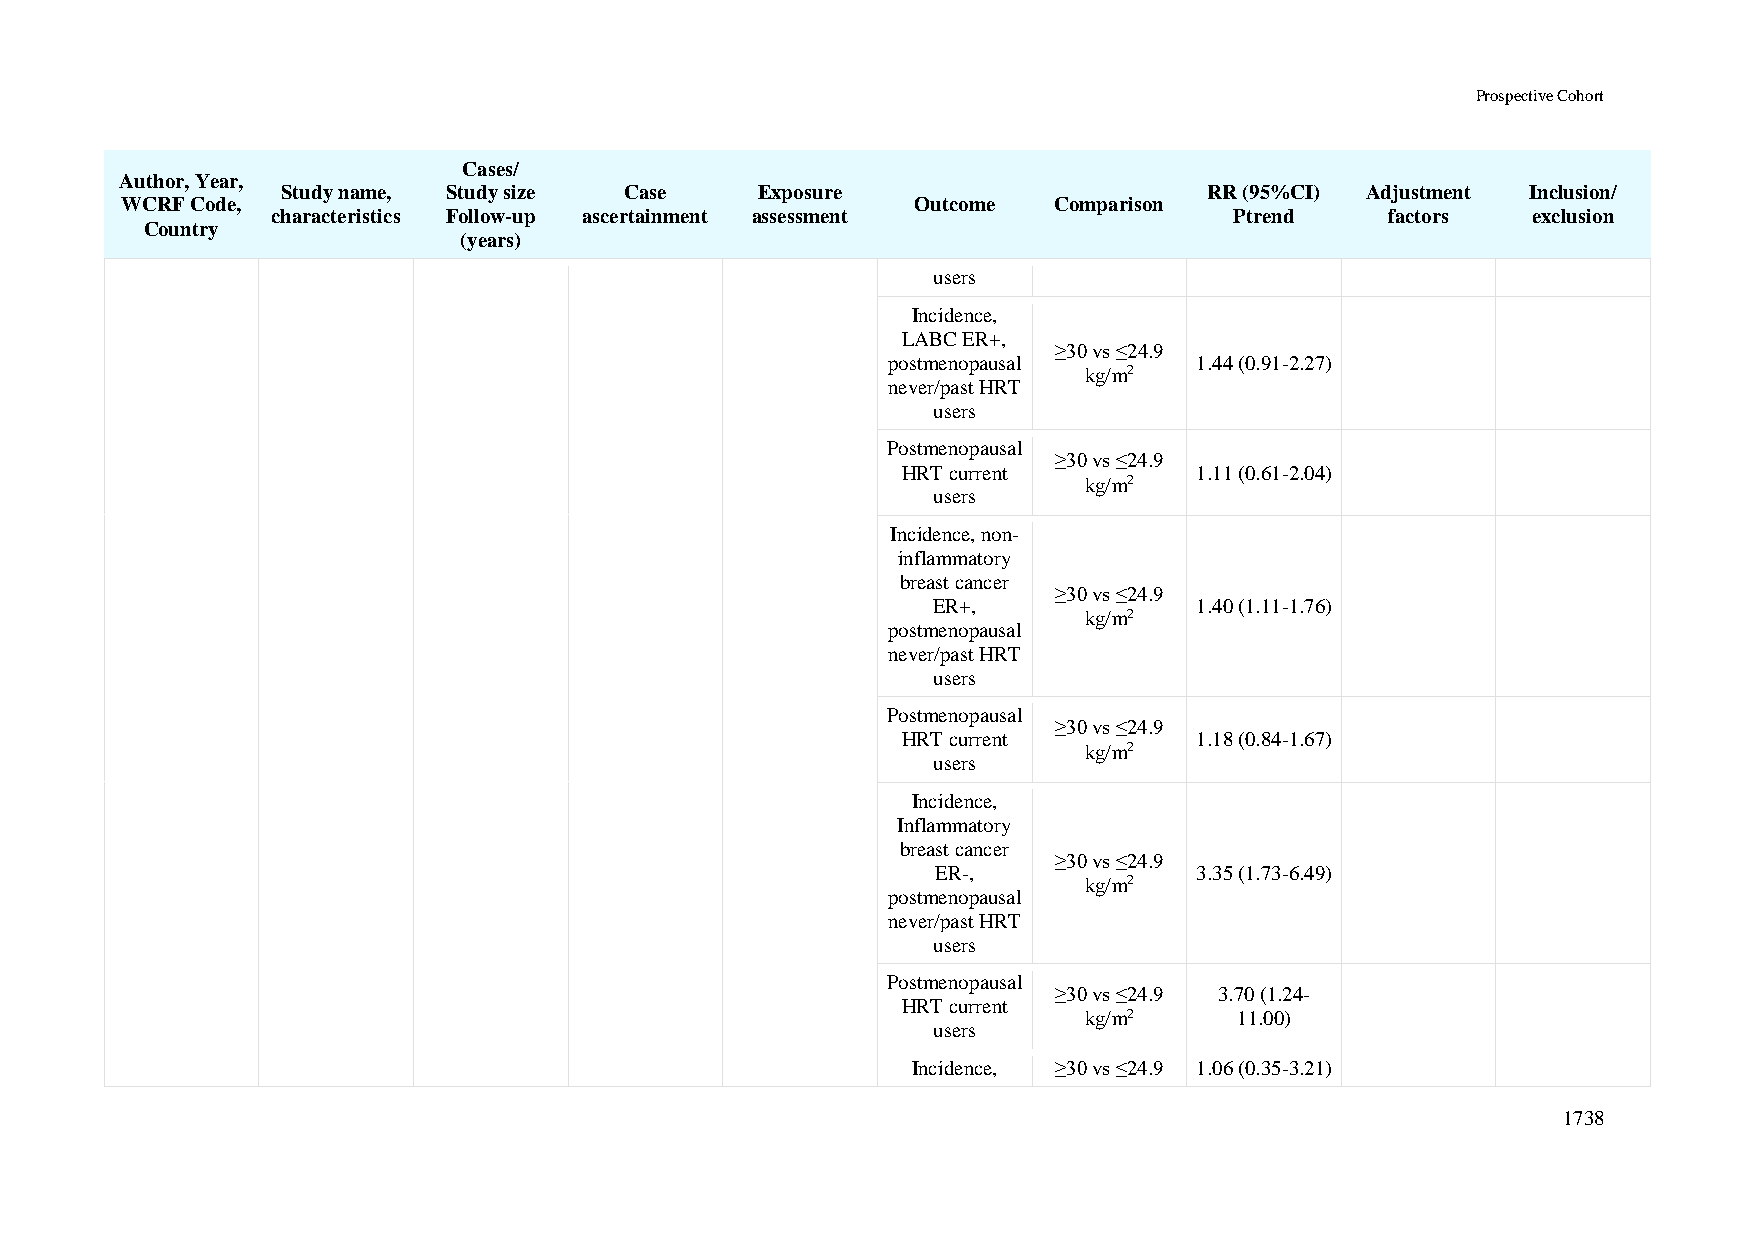
Prospective Cohort
 Cases/
 Author, Year,
 Study name, Study size Case    Exposure                      RR (95%CI) Adjustment Inclusion/
 WCRF Code,                                           Outcome  Comparison
 characteristics Follow-up ascertainment assessment              Ptrend    factors  exclusion
 Country
 (years)
 users
 Incidence,
 LABC ER+,
 ≥30 vs ≤24.9
 postmenopausal      1.44 (0.91-2.27)
 kg/m2
 never/past HRT
 users
 Postmenopausal
 ≥30 vs ≤24.9
 HRT current        1.11 (0.61-2.04)
 kg/m2
 users
 Incidence, non-
 inflammatory
 breast cancer
 ≥30 vs ≤24.9
 ER+,             1.40 (1.11-1.76)
 kg/m2
 postmenopausal
 never/past HRT
 users
 Postmenopausal
 ≥30 vs ≤24.9
 HRT current        1.18 (0.84-1.67)
 kg/m2
 users
 Incidence,
 Inflammatory
 breast cancer
 ≥30 vs ≤24.9
 ER-,             3.35 (1.73-6.49)
 kg/m2
 postmenopausal
 never/past HRT
 users
 Postmenopausal
 ≥30 vs ≤24.9 3.70 (1.24-
 HRT current
 kg/m2     11.00)
 users
 Incidence, ≥30 vs ≤24.9 1.06 (0.35-3.21)
 1738